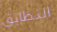
التطابق